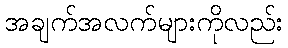
အချက်အလက်များကိုလည်း